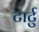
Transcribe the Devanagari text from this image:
टार्टु